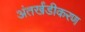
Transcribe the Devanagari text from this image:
अंतर्खंडीकरण